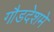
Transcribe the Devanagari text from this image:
गौडदेशमे